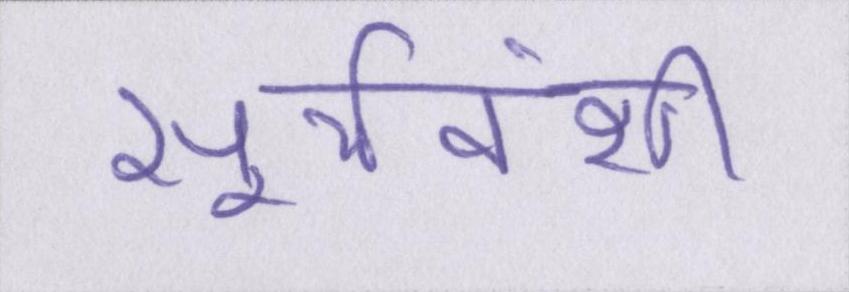
सूर्यवंशी